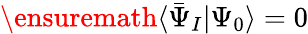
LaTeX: \ensuremath{\langle\bar{\Psi}_{I}\vert\Psi_{0}\rangle}=0